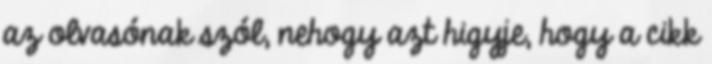
az olvasónak szól, nehogy azt higyje, hogy a cikk